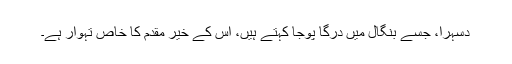
دسہرا، جسے بنگال میں درگا پوجا کہتے ہیں، اس کے خیر مقدم کا خاص تہوار ہے۔